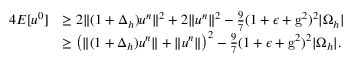
\begin{array} { r l } { 4 E [ u ^ { 0 } ] } & { \ge 2 \| ( 1 + \Delta _ { h } ) u ^ { n } \| ^ { 2 } + 2 \| u ^ { n } \| ^ { 2 } - \frac { 9 } { 7 } ( 1 + \epsilon + \mathrm { g } ^ { 2 } ) ^ { 2 } | \Omega _ { h } | } \\ & { \ge \big ( \| ( 1 + \Delta _ { h } ) u ^ { n } \| + \| u ^ { n } \| \big ) ^ { 2 } - \frac { 9 } { 7 } ( 1 + \epsilon + \mathrm { g } ^ { 2 } ) ^ { 2 } | \Omega _ { h } | . } \end{array}